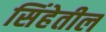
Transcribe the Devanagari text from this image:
सिंहेतील